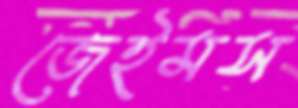
জেইমস